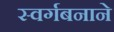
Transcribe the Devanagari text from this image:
स्वर्गबनाने